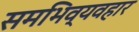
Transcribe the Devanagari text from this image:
समभिव्यवहार